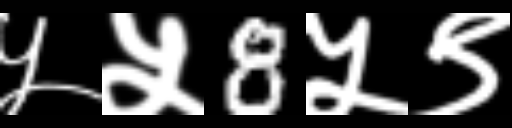
Text: ५५8५९